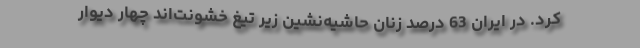
کرد. در ایران 63 درصد زنانِ حاشیه‌نشین زیر تیغ خشونت‌اند چهار ديوار